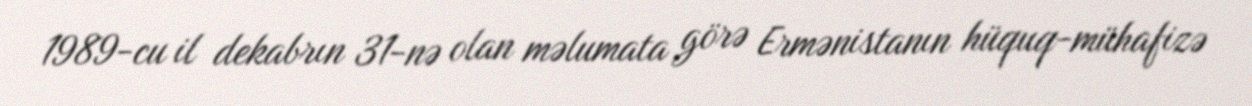
1989-cu il dekabrın 31-nə olan məlumata görə Ermənistanın hüquq-mühafizə